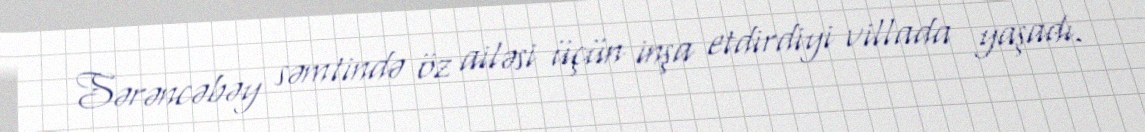
Sərəncəbəy səmtində öz ailəsi üçün inşa etdirdiyi villada yaşadı.